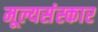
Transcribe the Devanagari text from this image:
मूल्यसंस्कार